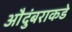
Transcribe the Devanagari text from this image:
औदुंबराकडे